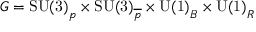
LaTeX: G = \mathrm { S U ( 3 ) } _ { p } \times \mathrm { S U ( 3 ) } _ { \overline { { { p } } } } \times \mathrm { U ( 1 ) } _ { B } \times \mathrm { U ( 1 ) } _ { R }